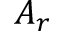
A _ { r }